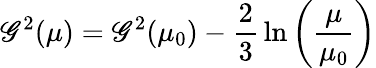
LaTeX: \mathscr{G}^{2}(\mu)=\mathscr{G}^{2}(\mu_{0})-{\frac{{2}}{{3}}}\ln\left({\frac{{\mu}}{{\mu_{0}}}}\right)